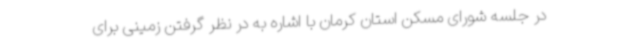
در جلسه شورای مسکن استان کرمان با اشاره به در نظر گرفتن زمینی برای